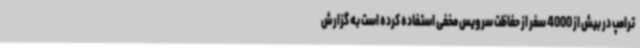
ترامپ در بیش از 4000 سفر از حفاظت سرویس مخفی استفاده کرده است به گزارش